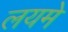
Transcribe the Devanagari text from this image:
लयमे